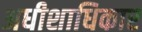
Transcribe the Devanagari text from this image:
अधीशाधिकार